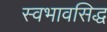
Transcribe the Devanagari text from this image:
स्वभावसिद्ध